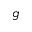
g